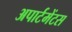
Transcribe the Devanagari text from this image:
अपार्टमेंटस